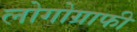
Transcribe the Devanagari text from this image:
लोगोग्राफी